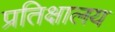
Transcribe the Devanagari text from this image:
प्रतिक्षालय